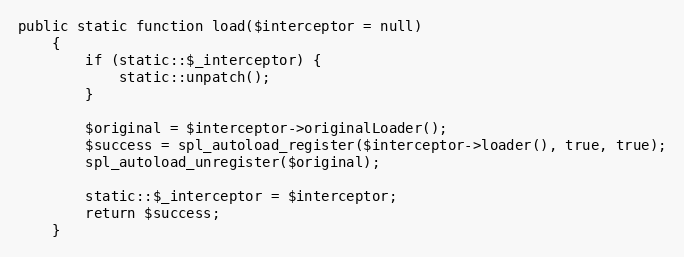
Language: PHP
public static function load($interceptor = null)
    {
        if (static::$_interceptor) {
            static::unpatch();
        }

        $original = $interceptor->originalLoader();
        $success = spl_autoload_register($interceptor->loader(), true, true);
        spl_autoload_unregister($original);

        static::$_interceptor = $interceptor;
        return $success;
    }